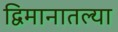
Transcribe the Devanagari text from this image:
द्विमानातल्या